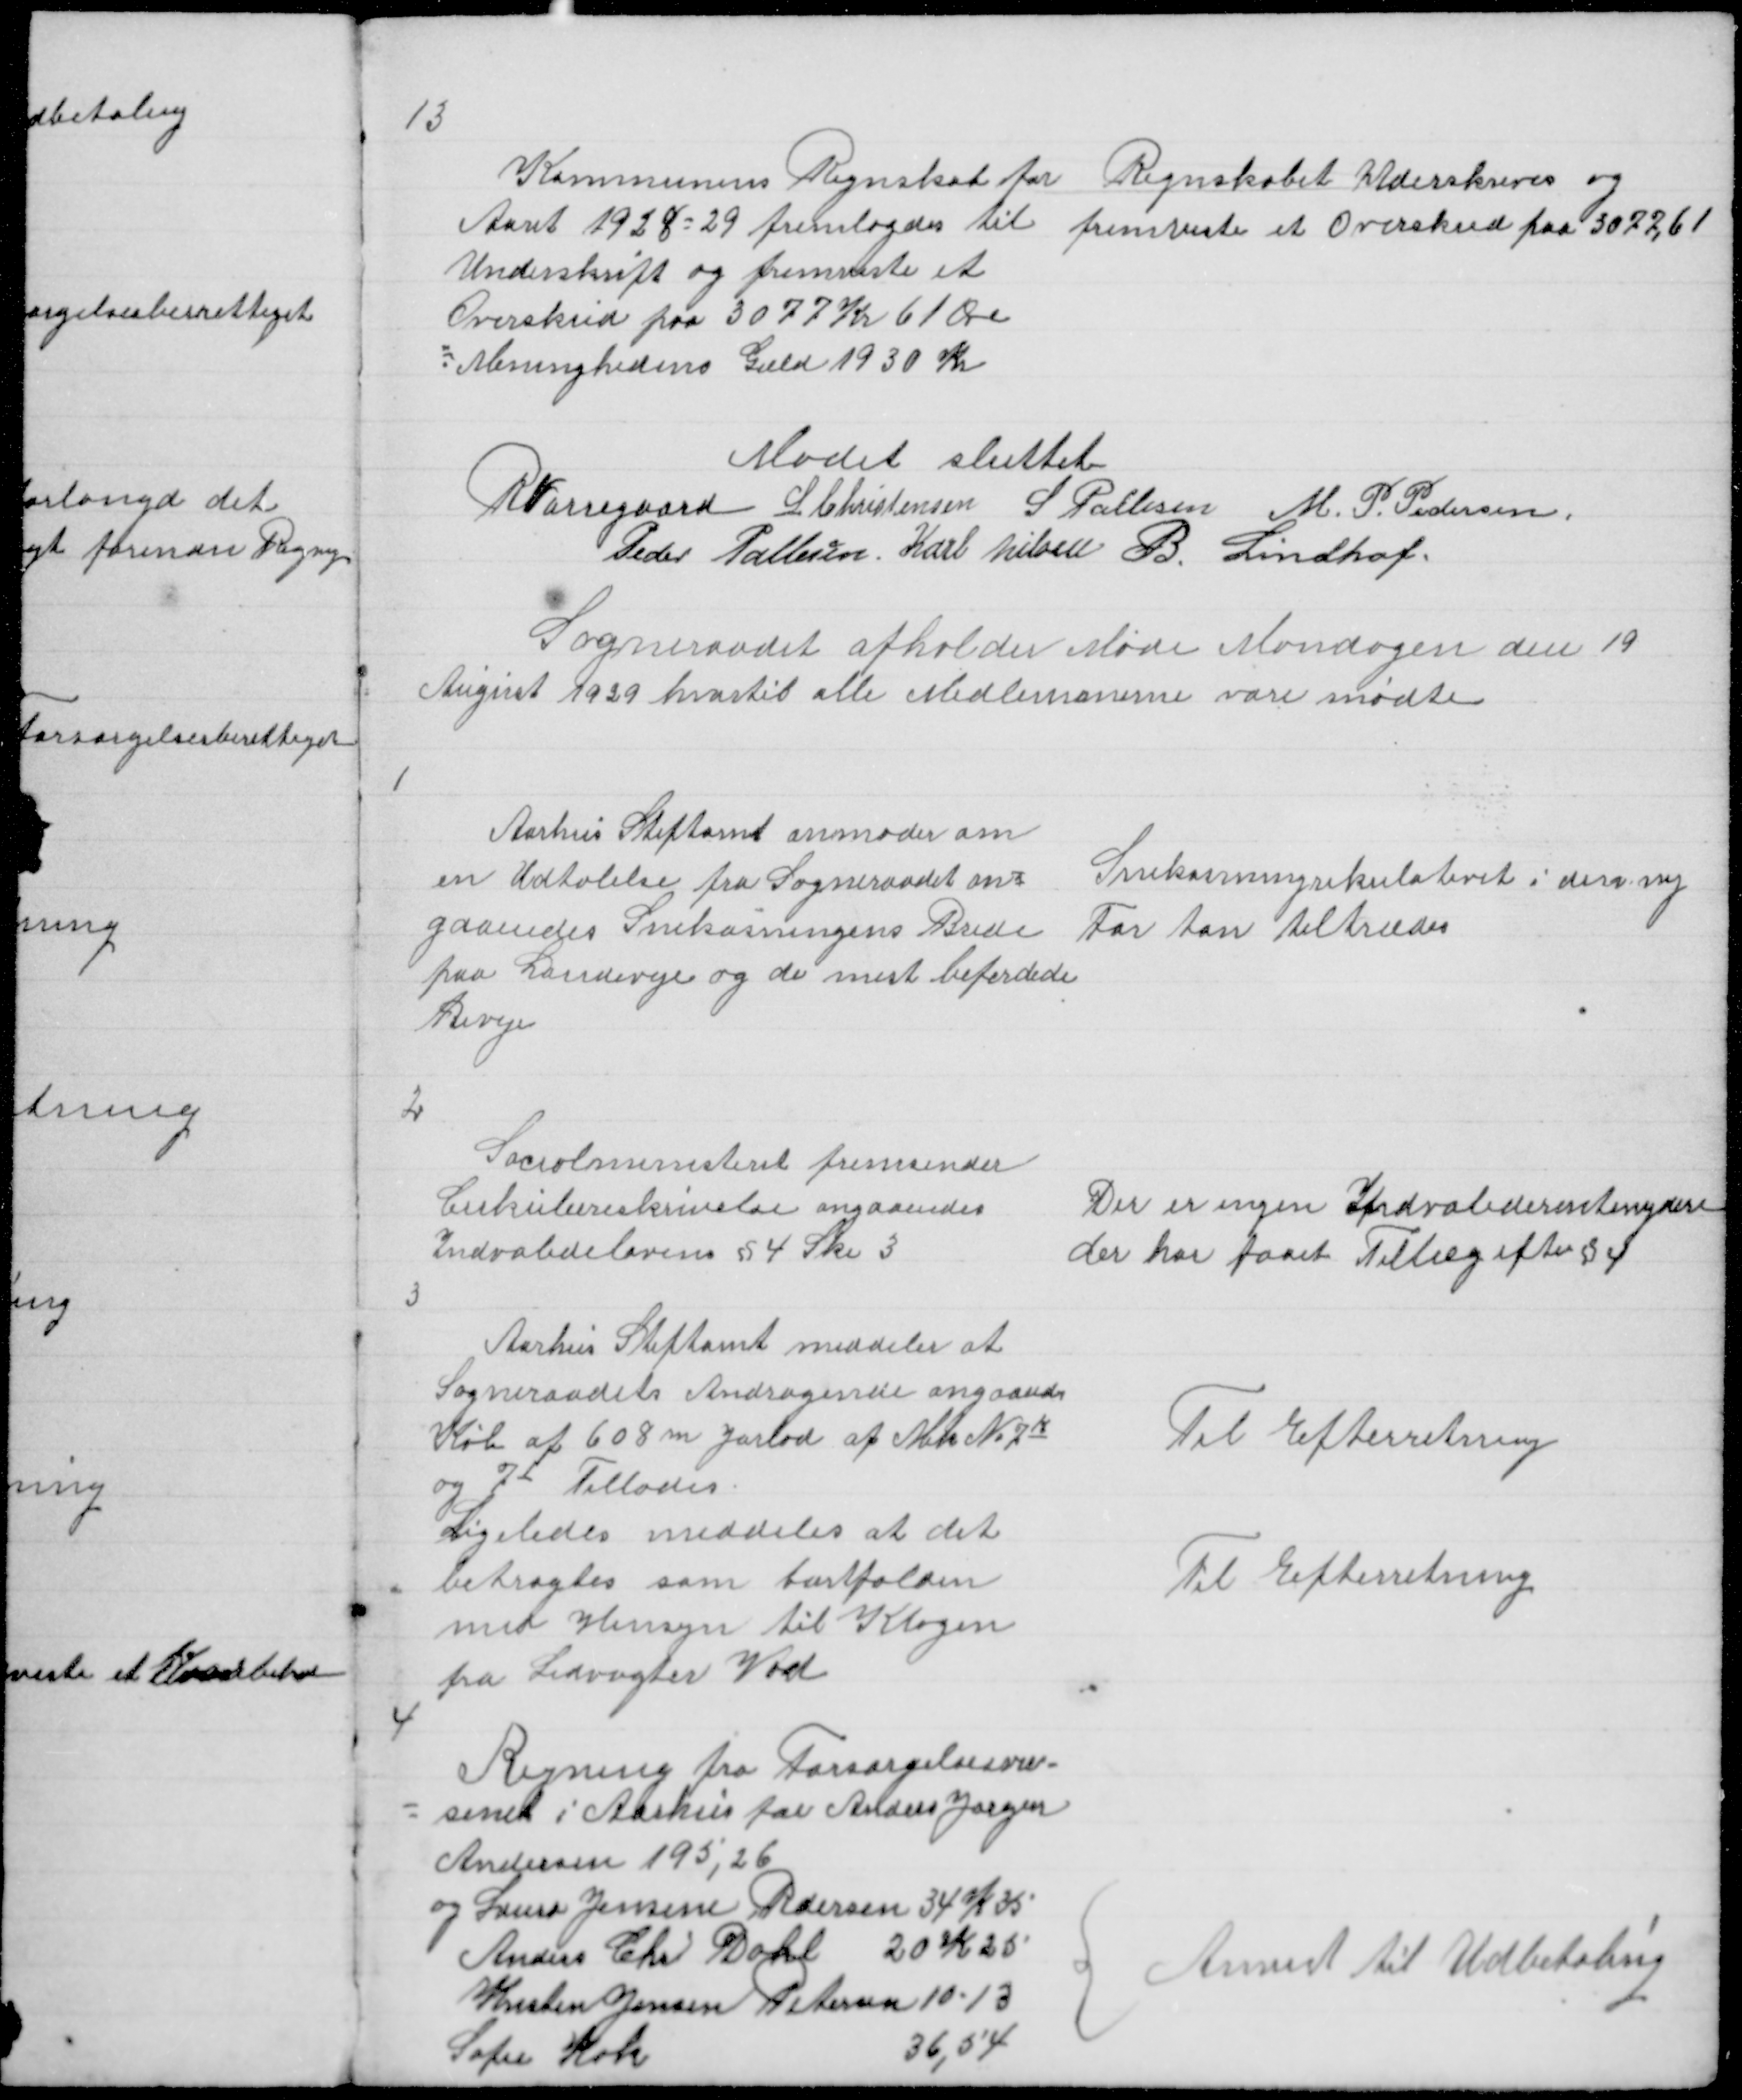
Transskription:
13

Kommunens Regnskab for
Aaret 1928 = 29 fremlagdes til
Underskrift og fremviste et
Overskud paa 3077 Kr 61 Øre
÷Menigheden Gæld 1930 Kr

Regnskabet Uderskrives og
fremviste et Overskud paa 3077,61

Mødet sluttet
R Nørregaard L Christensen S Pallesen M P Pedersen
Peder Pallesen Karl Nielsen B. Lindhof

Sogneraadet afholder Møde Mandagen den 19
August 1929 hvortil alle Medlemmerne vare mødte

1

Aarhus Stiftamt anmoder om
en Udtalelse fra Sogneraadet an=
gaaendes Snekastningens Brede
paa Landeveje og de mest beferdede
Biveje

Snekassningsrekulativet i dens ny
For kan tiltrædes

2

Socialministeriet fremsender
Cirkulæreskrivelse angaaendes
Indvalidelovens § 4 Ske 3

Der er ingen Indvaliderentenydere
der har faaet Tillæg efter § 4

3

Aarhus Stiftamt meddeler at
Sogneraadets Andragende angaaendes
Køb af 608 m Jorlod af Matr No 7k
og 7I Tillades
Ligeledes Meddeles at det
betragtes som bortfalden
med Hensyn til Klagen
fra Ledvogter Vad

Til Efterretning

Til Efterretning

4

Regning fra Forsørgelsesvæ =
= senet i Aarhus for Anders Jørgen
Andersen 195,26
og Laura Jensinine Pedersen 34 K 35
Anders Chr Dahl 20 K 25
Kresten Jensen Petersen 10 - 13
Sofie Kok
36,54

{
Anvist til Udbetaling